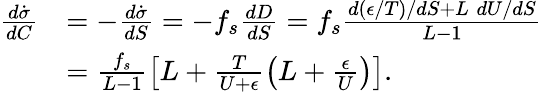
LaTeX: \begin{array}{rl}{\frac{d\dot{\sigma}}{dC}}&{=-\frac{d\dot{\sigma}}{dS}=-f_{s}\frac{dD}{dS}=f_{s}\frac{d(\epsilon/T)/dS+L\; dU/dS}{L-1}}\\ &{=\frac{f_{s}}{L-1}\left[L+\frac{T}{U+\epsilon}\left(L+\frac{\epsilon}{U}\right)\right].}\end{array}